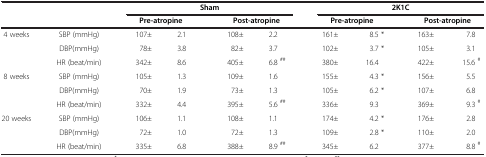
|  |  | <COLSPAN=4> Sham | <COLSPAN=4> 2K1C |
 |  |  | <COLSPAN=2> Pre-atropine | <COLSPAN=2> Post-atropine | <COLSPAN=2> Pre-atropine | <COLSPAN=2> Post-atropine |
 | --- | --- | --- | --- | --- | --- | --- | --- | --- | --- |
 | 4 weeks | SBP (mmHg) | 107± | 2.1 | 108± | 2.2 | 161± | 8.5 * | 163± | 7.8 |
 |  | DBP(mmHg) | 78± | 3.8 | 82± | 3.7 | 102± | 3.7 * | 105± | 3.1 |
 |  | HR (beat/min) | 342± | 8.6 | 405± | 6.8 ## | 380± | 16.4 | 422± | 15.6 # |
 | 8 weeks | SBP (mmHg) | 105± | 1.3 | 109± | 1.6 | 155± | 4.3 * | 156± | 5.5 |
 |  | DBP(mmHg) | 70± | 1.9 | 73± | 1.3 | 105± | 6.2 * | 107± | 6.8 |
 |  | HR (beat/min) | 332± | 4.4 | 395± | 5.6 ## | 336± | 9.3 | 369± | 9.3 # |
 | 20 weeks | SBP (mmHg) | 106± | 1.1 | 108± | 1.1 | 174± | 4.2 * | 176± | 2.8 |
 |  | DBP(mmHg) | 72± | 1.0 | 72± | 1.3 | 109± | 2.8 * | 110± | 2.0 |
 |  | HR (beat/min) | 335± | 6.8 | 388± | 8.9 ## | 345± | 6.2 | 377± | 8.8 # |